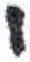
אות: י